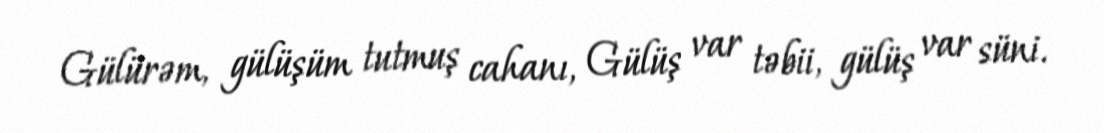
Gülürəm, gülüşüm tutmuş cahanı, Gülüş var təbii, gülüş var süni.